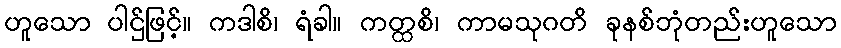
ဟူသော ပါဌ်ဖြင့်။ ကဒါစိ၊ ရံခါ။ ကတ္ထစိ၊ ကာမသုဂတိ ခုနစ်ဘုံတည်းဟူသော